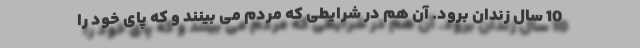
10 سال زندان برود. آن هم در شرایطی که مردم می بینند و که پای خود را